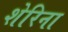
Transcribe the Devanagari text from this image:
शेरिना